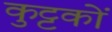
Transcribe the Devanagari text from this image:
कुट्टकों